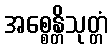
အစ္စေန္တိသုတ္တံ